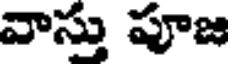
వాస్తు పూజ